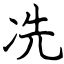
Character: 冼